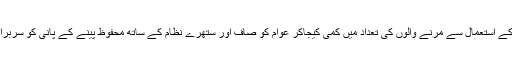
تاکہ ہر روز آلوادہ پانی کے استعمال سے مرنے والوں کی تعداد میں کمی کیجاکر عوام کو صاف اور ستھرے نظام کے ساتھ محفوظ پینے کے پانی کو سربراہی کو یقینی بنا یا جائے۔